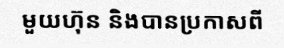
មួយហ៊ុន និងបានប្រកាសពី